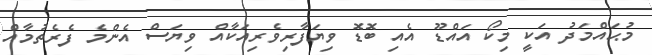
މުޙައްމަދު އަކީ މިކޯ އައްޑޫ އެއި ބޮޑޮ ވިޔަފާރިވެރިއަކާއް ވިޔަސް އެންމެ ފެރެތުމާއް